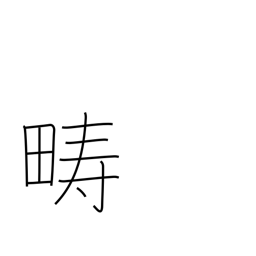
Meaning: arable land